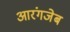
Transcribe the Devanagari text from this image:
आरंगजेब